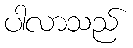
ပါလာသည်